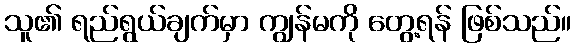
သူ၏ ရည်ရွယ်ချက်မှာ ကျွန်မကို တွေ့ရန် ဖြစ်သည်။